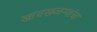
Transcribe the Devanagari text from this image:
खाचखळग्यांचा